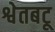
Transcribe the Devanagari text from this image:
श्वेतबटू